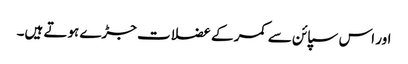
اور اس سپائن سے کمر کے عضلات جڑے ہوتے ہیں۔